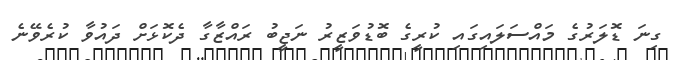
ގިނަ ޑޮލަރުގެ މައްސަލައިގައި ކުރީގެ ބޮޑުވަޒީރު ނަޖީބު ރައްޒާގާ ދެކޮޅަށް ދައުވާ ކުރެވޭނެ